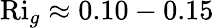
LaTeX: \mathrm{Ri}_{g}\approx 0.10-0.15